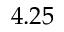
4 . 2 5